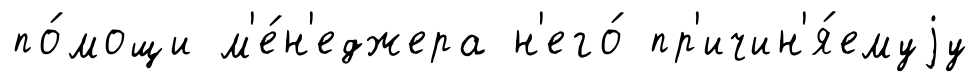
по́мощи м'е́н'еджера н'его́ пр'ичин'я́емуjу